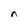
Character: n